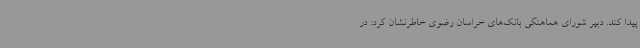
پیدا کند. دبیر شورای هماهنگی بانک‌های خراسان رضوی خاطرنشان کرد: در